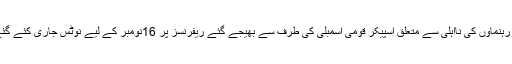
دونوں رہنماؤں کی نااہلی سے متعلق اسپیکر قومی اسمبلی کی طرف سے بھیجے گئے ریفرنسز پر 16نومبر کے لیے نوٹس جاری کئے گئے ہیں۔